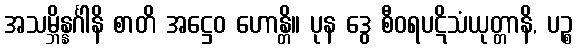
အသမ္ဘိန္နင်္ဂါနိ စာတိ အဋ္ဌေဝ ဟောန္တိ။ ပုန ဒွေ စီဝရပဋိသံယုတ္တာနိ, ပဉ္စ